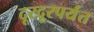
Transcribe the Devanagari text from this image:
दूरदूरपर्यंत